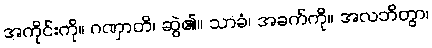
အကိုင်းကို။ ဂဏှာတိ၊ ဆွဲ၏။ သာခံ၊ အခက်ကို။ အလဘိတွာ၊